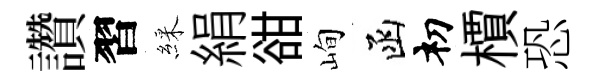
讚習綵絹𧮳峋函𥘉檟恐